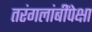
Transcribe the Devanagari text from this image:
तरंगलांबींपेक्षा